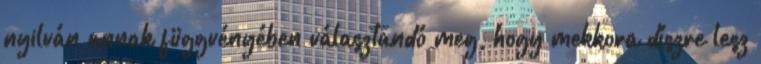
nyilván annak függvényében választandó meg, hogy mekkora díszre lesz